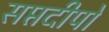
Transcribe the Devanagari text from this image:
सप्तदीपों